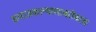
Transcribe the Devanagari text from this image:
समाजकल्याणाबरोबरच